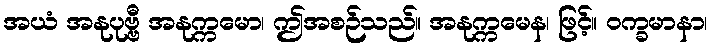
အယံ အနုပုဗ္ဗီ အနုက္ကမော၊ ဤအစဉ်သည်။ အနုက္ကမေန၊ ဖြင့်။ ဝက္ခမာနာ၊